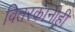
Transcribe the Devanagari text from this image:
वितरकांनीही